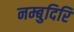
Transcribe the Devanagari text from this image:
नम्बुदिरि